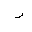
Letter: _ra